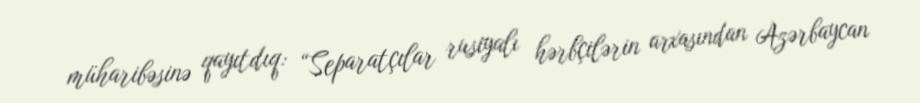
müharibəsinə qayıtdıq: “Separatçılar rusiyalı hərbçilərin arxasından Azərbaycan